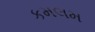
કમલમ